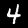
Label: 4